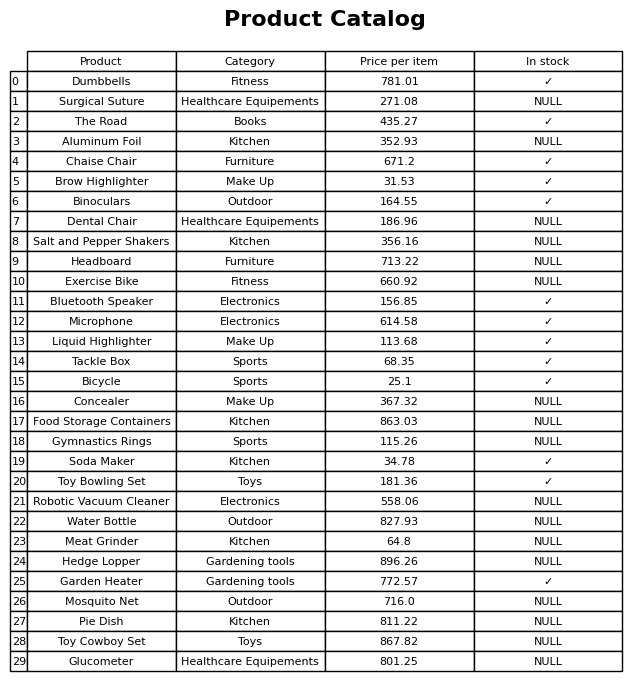
question: What is the price of the Hedge Lopper?
answer: The price of Hedge Lopper is 896.26.